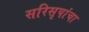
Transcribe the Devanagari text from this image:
सरिसृपांचा